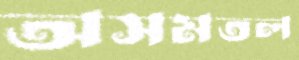
অসমতল